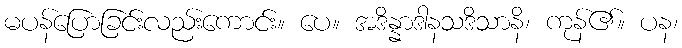
မပန်ပြောခြင်းလည်းကောင်း။ ပေ။ အဒိန္နာဒါနသဒိသာနိ၊ ကုန်၏။ ပန၊